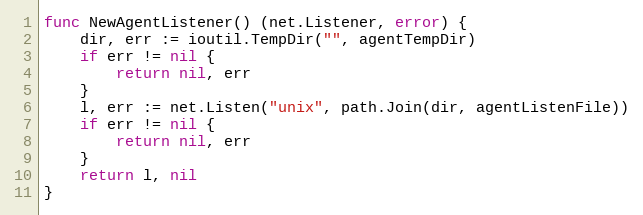
Language: Go
func NewAgentListener() (net.Listener, error) {
	dir, err := ioutil.TempDir("", agentTempDir)
	if err != nil {
		return nil, err
	}
	l, err := net.Listen("unix", path.Join(dir, agentListenFile))
	if err != nil {
		return nil, err
	}
	return l, nil
}